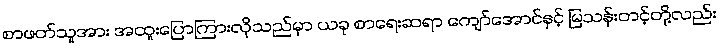
စာဖတ်သူအား အထူးပြောကြားလိုသည်မှာ ယခု စာရေးဆရာ ကျော်အောင်နှင့် မြသန်းတင့်တို့လည်း